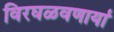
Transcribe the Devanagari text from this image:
विरघळवणार्या